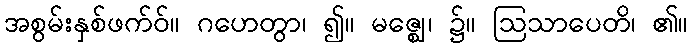
အစွမ်းနှစ်ဖက်ဝ်။ ဂဟေတွာ၊ ၍။ မဇ္ဈေ၊ ၌။ ဩသာပေတိ၊ ၏။